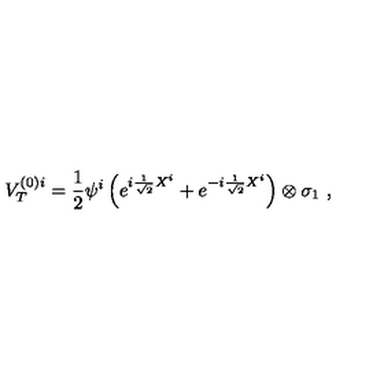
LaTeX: V _ { T } ^ { ( 0 ) i } = \frac { 1 } { 2 } \psi ^ { i } \left( e ^ { i \frac { 1 } { \sqrt { 2 } } X ^ { i } } + e ^ { - i \frac { 1 } { \sqrt { 2 } } X ^ { i } } \right) \otimes \sigma _ { 1 } \ ,